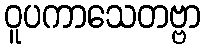
ဝူပကာသေတဗ္ဗာ